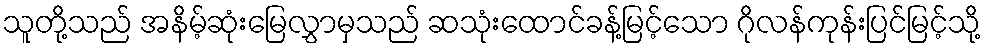
သူတို့သည် အနိမ့်ဆုံးမြေလွှာမှသည် ဆသုံးထောင်ခန့်မြင့်သော ဂိုလန်ကုန်းပြင်မြင့်သို့